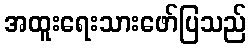
အထူးရေးသားဖော်ပြသည်